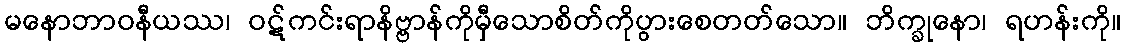
မနောဘာဝနီယဿ၊ ဝဋ်ကင်းရာနိဗ္ဗာန်ကိုမှီသောစိတ်ကိုပွားစေတတ်သော။ ဘိက္ခုနော၊ ရဟန်းကို။